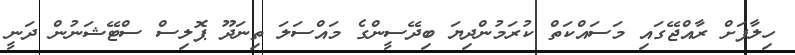
ހިލާފަށް ރާއްޖޭގައި މަސައްކަތް ކުރަމުންދިޔަ ބިދޭސީންގެ މައްސަލަ ތިނަދޫ ޕޮލިސް ސްޓޭޝަނުން ދަނީ